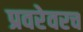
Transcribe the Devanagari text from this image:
प्रवरेवरच